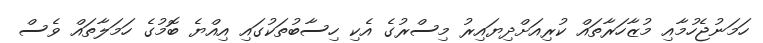
ހަމަނުޖެހުމާއި މުޒާހަރާތައް ކުރިއަށްދިޔައިރު މިސްރުގެ އެކި ހިސާބުތަކުގައި އިއްޔެ ބޮމުގެ ހަމަލާތައް ވެސް